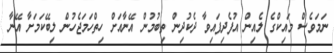
ނަމަވެސް މައިކްގެ ލެއިން އުފެދިފައިވާ ދެކުދިން ތިބުމުން އޭނާއަށް ހިތްހަމަޖެހުން ލިބޭކަމަށާ އޭނާ